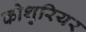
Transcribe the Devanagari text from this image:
कोशुरियर